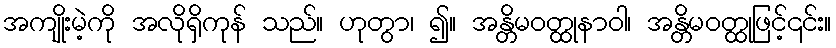
အကျိုးမဲ့ကို အလိုရှိကုန် သည်။ ဟုတွာ၊ ၍။ အန္တိမဝတ္ထုနာဝါ၊ အန္တိမဝတ္ထုဖြင့်၎င်း။